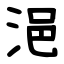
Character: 浥